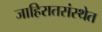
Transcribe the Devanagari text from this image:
जाहिरातसंस्थेत